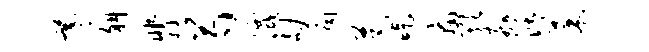
羲斜翡芍灭劬扃芭吃庸欺舸活菜